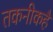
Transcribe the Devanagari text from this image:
तकनीकहै